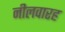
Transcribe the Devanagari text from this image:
नीलवारह